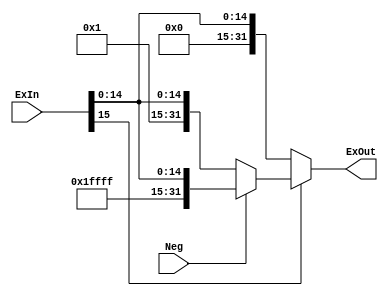
module Extender_16_to_32 (ExIn, Neg, ExOut);

	input [15:0] ExIn;
	input Neg;
	output reg [31:0] ExOut;
	
	
	always @ (*)
			begin
				if (ExIn[15])
				begin
					if( Neg )
						ExOut <= {16'b1111111111111111, ExIn};
					else
						ExOut <= {16'b0, ExIn};
				end
				else
					ExOut <= {16'b0, ExIn};
			end

endmodule